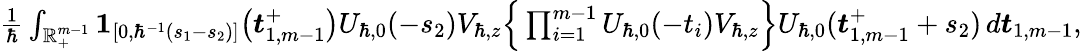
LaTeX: \begin{array}{r}{\frac{1}{\hbar}\int_{\mathbb{R}_{+}^{m-1}}\boldsymbol{1}_{[0,\hbar^{-1}(s_{1}-s_{2})]}\big(\boldsymbol{t}_{1,m-1}^{+}\big)U_{\hbar,0}(-s_{2})V_{\hbar,z}\Big\{ \prod_{i=1}^{m-1}U_{\hbar,0}(-t_{i})V_{\hbar,z}\Big\} U_{\hbar,0}(\boldsymbol{t}_{1,m-1}^{+}+s_{2})\, d\boldsymbol{t}_{1,m-1},}\end{array}